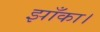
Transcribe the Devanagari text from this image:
झाँका।